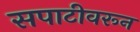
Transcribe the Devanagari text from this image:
सपाटीवरून